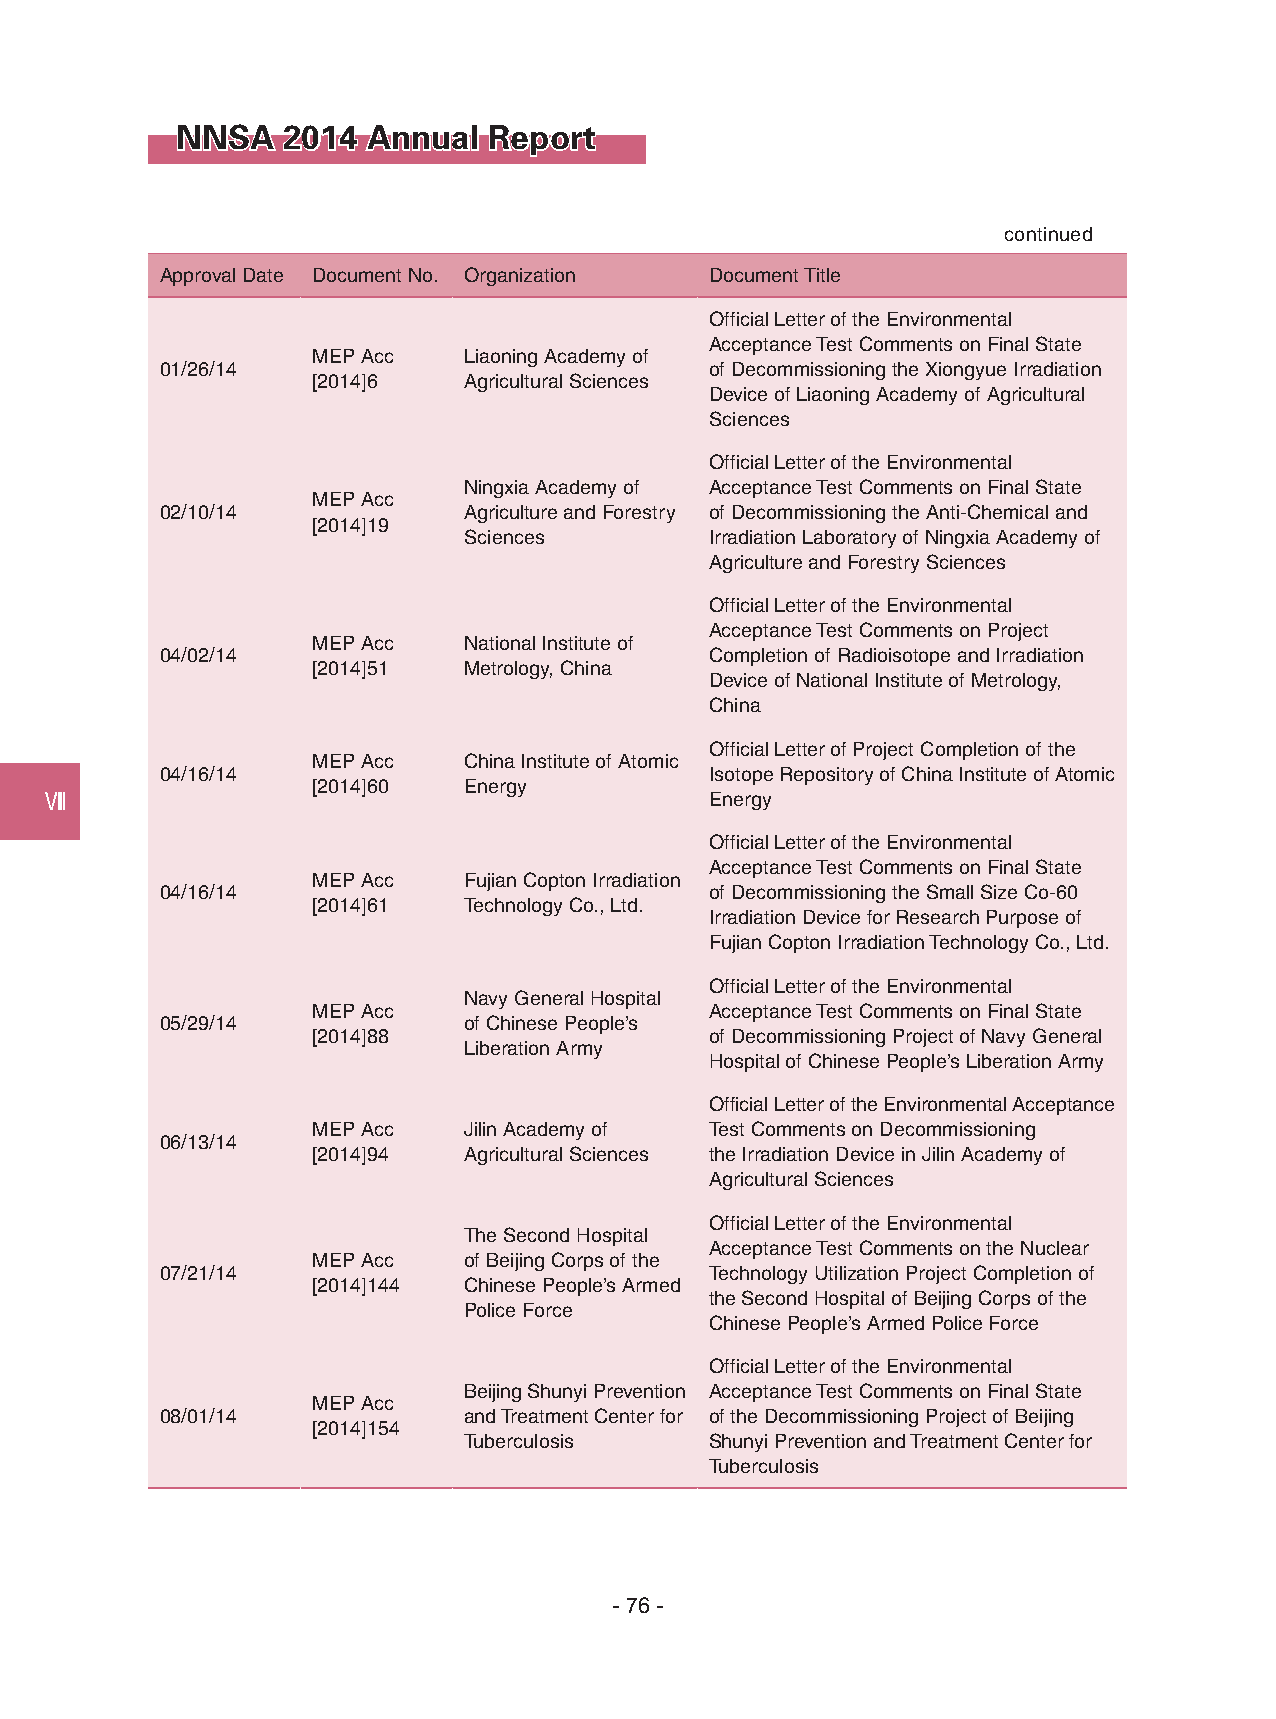
NNSA   2014 Annual  Report
 continued
 Approval Date Document No. Organization Document Title
 Official Letter of the Environmental
 Acceptance Test Comments on Final State
 MEP Acc   Liaoning Academy of
 01/26/14                            of Decommissioning the Xiongyue Irradiation
 [2014]6   Agricultural Sciences
 Device of Liaoning Academy of Agricultural
 Sciences
 Official Letter of the Environmental
 Ningxia Academy of Acceptance Test Comments on Final State
 MEP Acc
 02/10/14            Agriculture and Forestry of Decommissioning the Anti-Chemical and
 [2014]19
 Sciences        Irradiation Laboratory of Ningxia Academy of
 Agriculture and Forestry Sciences
 Official Letter of the Environmental
 Acceptance Test Comments on Project
 MEP Acc   National Institute of
 04/02/14                            Completion of Radioisotope and Irradiation
 [2014]51  Metrology, China
 Device of National Institute of Metrology,
 China
 Official Letter of Project Completion of the
 MEP Acc   China Institute of Atomic
 04/16/14                            Isotope Repository of China Institute of Atomic
 [2014]60  Energy
 Ⅷ                                           Energy
 Official Letter of the Environmental
 Acceptance Test Comments on Final State
 MEP Acc   Fujian Copton Irradiation
 04/16/14                            of Decommissioning the Small Size Co-60
 [2014]61  Technology Co., Ltd.
 Irradiation Device for Research Purpose of
 Fujian Copton Irradiation Technology Co., Ltd.
 Official Letter of the Environmental
 Navy General Hospital
 MEP Acc                   Acceptance Test Comments on Final State
 05/29/14            of Chinese People’s
 [2014]88                  of Decommissioning Project of Navy General
 Liberation Army
 Hospital of Chinese People’s Liberation Army
 Official Letter of the Environmental Acceptance
 MEP Acc   Jilin Academy of Test Comments on Decommissioning
 06/13/14
 [2014]94  Agricultural Sciences the Irradiation Device in Jilin Academy of
 Agricultural Sciences
 Official Letter of the Environmental
 The Second Hospital
 Acceptance Test Comments on the Nuclear
 MEP Acc   of Beijing Corps of the
 07/21/14                            Technology Utilization Project Completion of
 [2014]144 Chinese People’s Armed
 the Second Hospital of Beijing Corps of the
 Police Force
 Chinese People’s Armed Police Force
 Official Letter of the Environmental
 Beijing Shunyi Prevention Acceptance Test Comments on Final State
 MEP Acc
 08/01/14            and Treatment Center for of the Decommissioning Project of Beijing
 [2014]154
 Tuberculosis    Shunyi Prevention and Treatment Center for
 Tuberculosis
 - 76 -